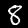
Digit: 8